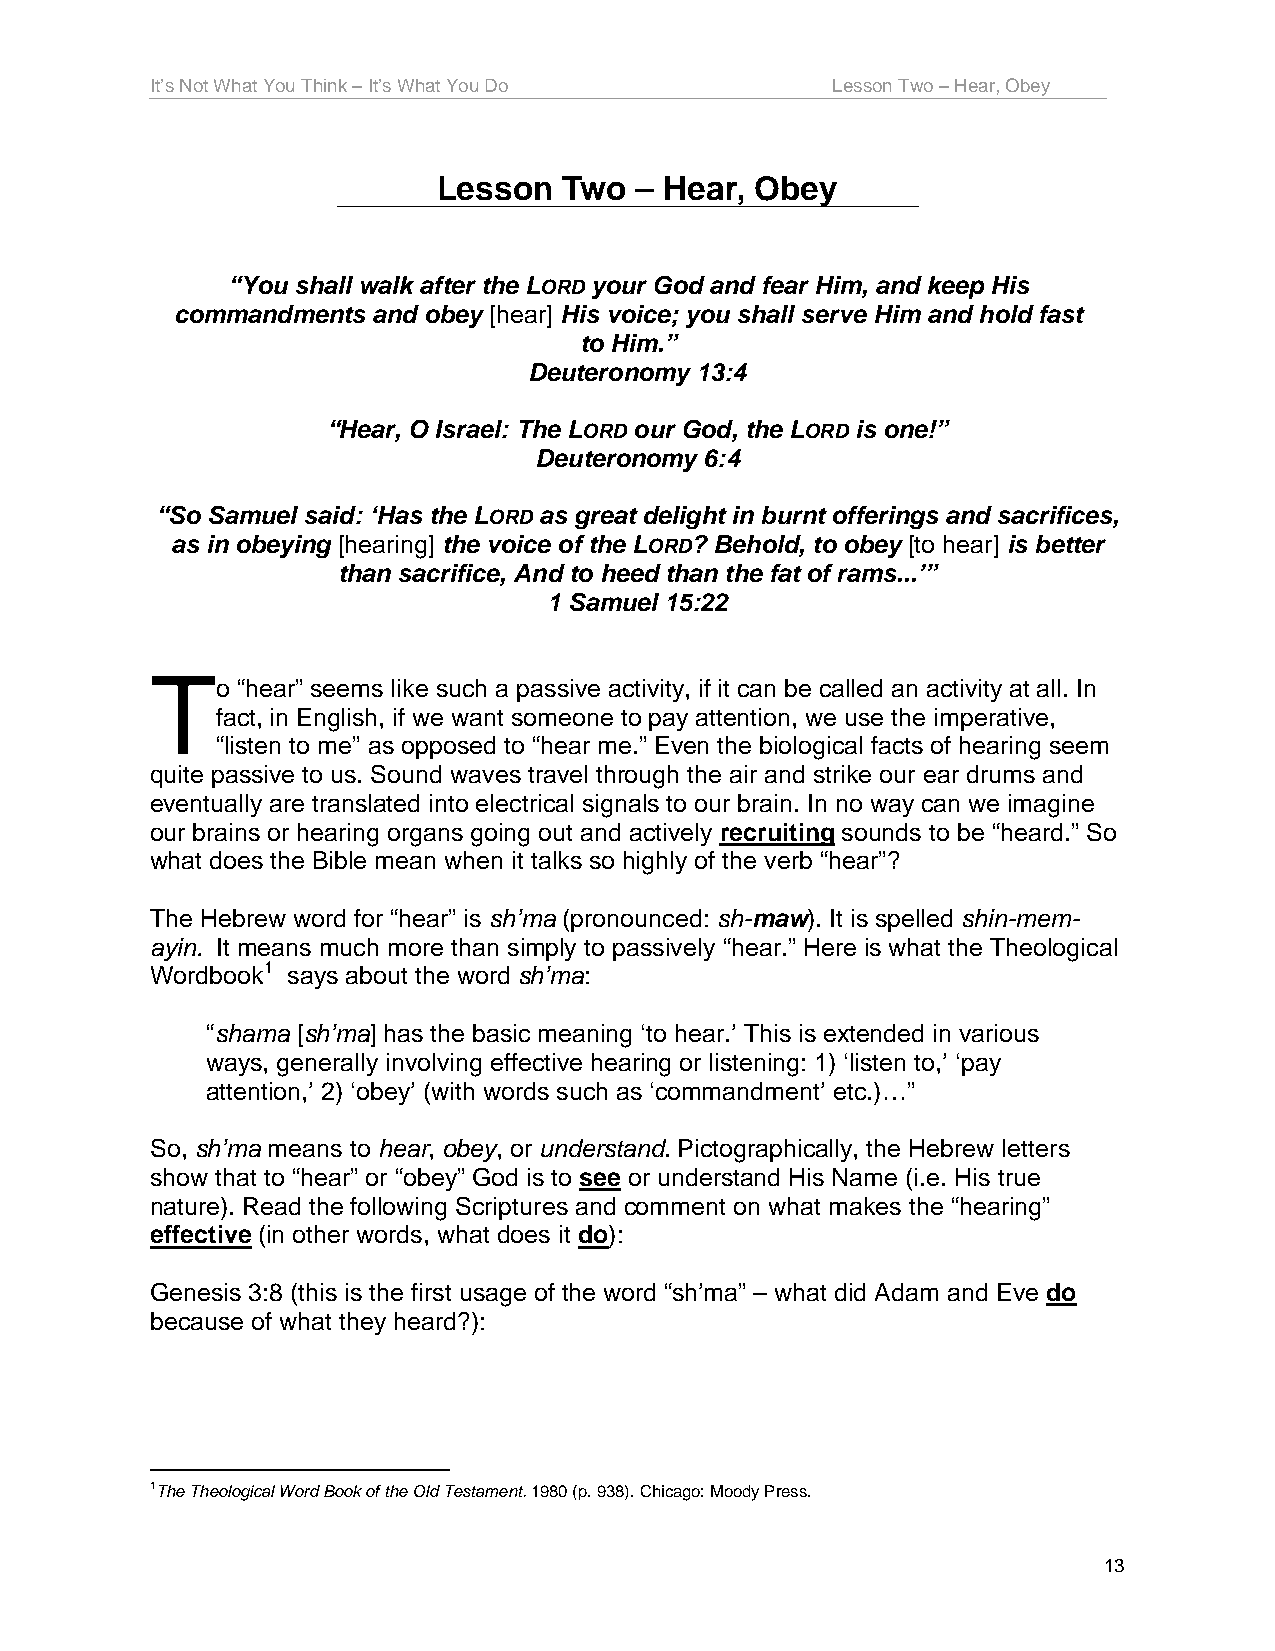
It’s Not What You Think – It’s What You Do   Lesson Two – Hear, Obey
 Lesson  Two  – Hear, Obey
 “You shall walk after the LORD your God and fear Him, and keep His
 commandments and obey [hear] His voice; you shall serve Him and hold fast
 to Him.”
 Deuteronomy 13:4
 “Hear, O Israel: The LORD our God, the LORD is one!”
 Deuteronomy 6:4
 “So Samuel said: ‘Has the LORD as great delight in burnt offerings and sacrifices,
 as in obeying [hearing] the voice of the LORD? Behold, to obey [to hear] is better
 than sacrifice, And to heed than the fat of rams...’”
 1 Samuel 15:22
 T
 o “hear” seems like such a passive activity, if it can be called an activity at all. In
 fact, in English, if we want someone to pay attention, we use the imperative,
 “listen to me” as opposed to “hear me.” Even the biological facts of hearing seem
 quite passive to us. Sound waves travel through the air and strike our ear drums and
 eventually are translated into electrical signals to our brain. In no way can we imagine
 our brains or hearing organs going out and actively recruiting sounds to be “heard.” So
 what does the Bible mean when it talks so highly of the verb “hear”?
 The Hebrew word for “hear” is sh’ma (pronounced: sh-maw). It is spelled shin-mem-
 ayin. It means much more than simply to passively “hear.” Here is what the Theological
 Wordbook1 says about the word sh’ma:
 “shama [sh’ma] has the basic meaning ‘to hear.’ This is extended in various
 ways, generally involving effective hearing or listening: 1) ‘listen to,’ ‘pay
 attention,’ 2) ‘obey’ (with words such as ‘commandment’ etc.)…”
 So, sh’ma means to hear, obey, or understand. Pictographically, the Hebrew letters
 show that to “hear” or “obey” God is to see or understand His Name (i.e. His true
 nature). Read the following Scriptures and comment on what makes the “hearing”
 effective (in other words, what does it do):
 Genesis 3:8 (this is the first usage of the word “sh’ma” – what did Adam and Eve do
 because of what they heard?):
 1The Theological Word Book of the Old Testament. 1980 (p. 938). Chicago: Moody Press.
 13